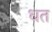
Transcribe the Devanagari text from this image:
धत